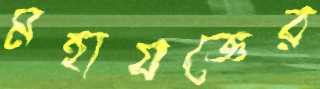
মহাযজ্ঞের